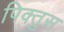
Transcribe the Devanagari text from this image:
पिक्तुस